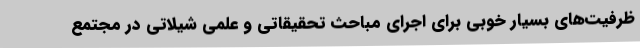
ظرفیت‌های بسیار خوبی برای اجرای مباحث تحقیقاتی و علمی شیلاتی در مجتمع